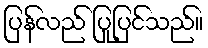
ပြန်လည် ပြုပြင်သည်။